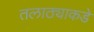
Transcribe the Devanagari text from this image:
तलाठ्याकडे